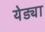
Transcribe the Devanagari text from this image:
येड्या